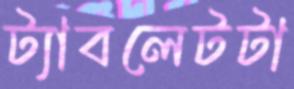
ট্যাবলেটটা